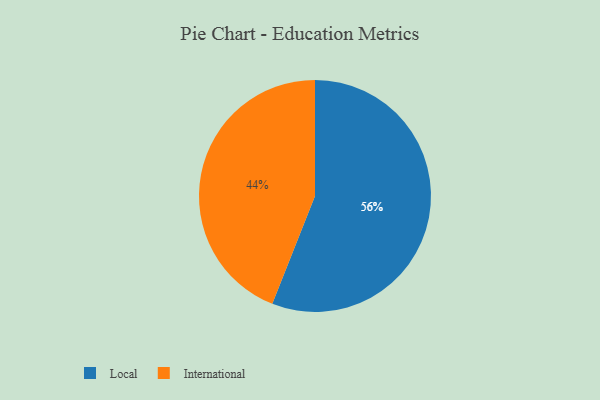
{"axis": {"x": "Category", "y": "Percentage"}, "legend": ["International", "Local"], "data": [{"x": "Local", "y": 56, "type": "Local"}, {"x": "International", "y": 44, "type": "International"}]}